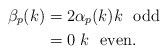
LaTeX: \begin{align*}\beta_p(k) &= 2\alpha_p(k) k \ \ \mbox{odd} \\ &= 0 \ k \ \ \mbox{even}.\end{align*}